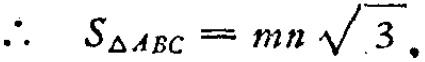
\(\therefore\ S_{\triangle ABC}=mn\sqrt{3}.\)